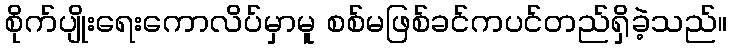
စိုက်ပျိုးရေးကောလိပ်မှာမူ စစ်မဖြစ်ခင်ကပင်တည်ရှိခဲ့သည်။